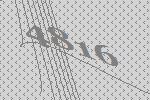
4816